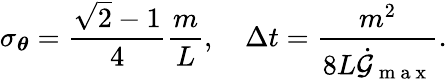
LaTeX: \sigma_{{\boldsymbol{\theta}}}=\frac{\sqrt{2}-1}{4}\frac{m}{L},\quad\Delta t=\frac{m^{2}}{8L\dot{\mathcal{G}}_{\mathrm{~m~a~x~}}}.